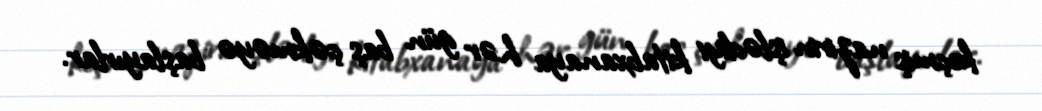
keçmiş nazirin işlədiyi kitabxanaya hər gün baş çəkməyə başlayırlar.